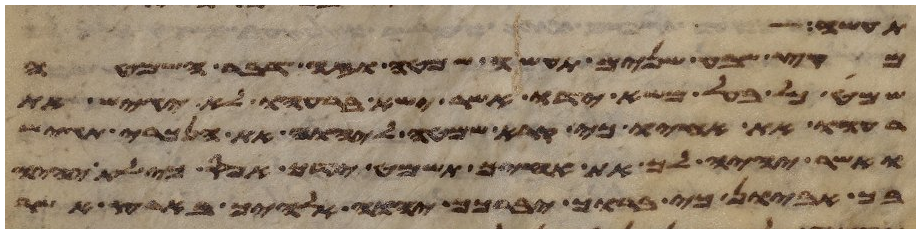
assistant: תעשה
מקץ שבע שנים תעשה שמטה וזה דבר השמטה
שמט כל בעל משא ידו אשר ישא ברעהו לא יגש את
רעהו את אחיו כי קרא שמטה ליהוה את הנכרי תגש
ואשר יהיה לך את אחיך תשמט ידך אפס כי לא יהיה
בך אביון כי ברוך יברכך יהוה אלהיך בארץ אשר